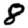
Digit: 8